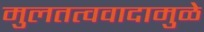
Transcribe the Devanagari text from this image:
मुलतत्ववादामुळे